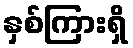
နှစ်ကြားရှိ